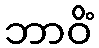
ဘာဝိံ